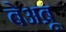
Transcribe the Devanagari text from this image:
बेअब्रू